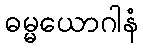
ဓမ္မယောဂါနံ